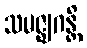
သမဇ္ဈဂန္တိ